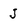
Character: j